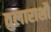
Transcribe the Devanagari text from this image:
तुलाराशौ